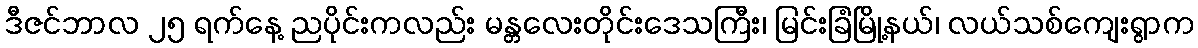
ဒီဇင်ဘာလ ၂၅ ရက်နေ့ ညပိုင်းကလည်း မန္တလေးတိုင်းဒေသကြီး၊ မြင်းခြံမြို့နယ်၊ လယ်သစ်ကျေးရွာက